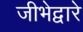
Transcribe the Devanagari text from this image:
जीभेद्वारे